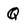
Character: q